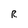
Character: R